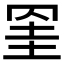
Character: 𦊱